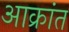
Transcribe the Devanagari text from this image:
अाक्रांत